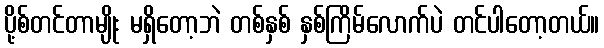
ပို့စ်တင်တာမျိုး မရှိတော့ဘဲ တစ်နှစ် နှစ်ကြိမ်လောက်ပဲ တင်ပါတော့တယ်။